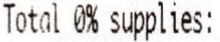
TOTAL 0% SUPPLIES: